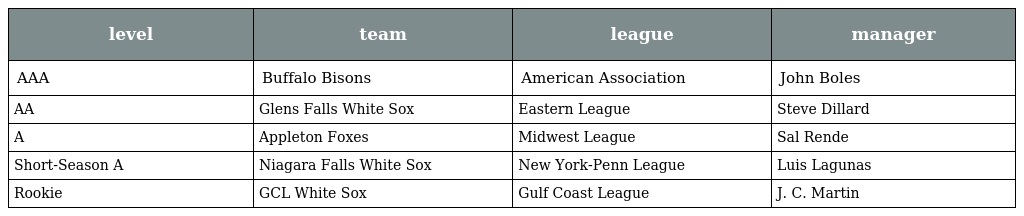
| level | team | league | manager |
 | --- | --- | --- | --- |
 | AAA | Buffalo Bisons | American Association | John Boles |
 | AA | Glens Falls White Sox | Eastern League | Steve Dillard |
 | A | Appleton Foxes | Midwest League | Sal Rende |
 | Short-Season A | Niagara Falls White Sox | New York-Penn League | Luis Lagunas |
 | Rookie | GCL White Sox | Gulf Coast League | J. C. Martin |